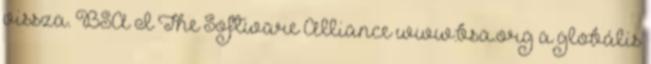
vissza. BSA I The Software Alliance www.bsa.org a globális